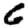
Digit: 6